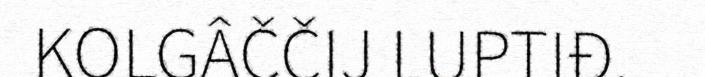
KOLGÂČČIJ LUPTIĐ.